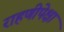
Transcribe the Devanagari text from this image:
राहणीपेक्षा